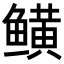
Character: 𬶫